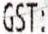
GST: